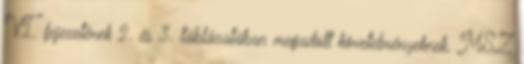
VI. fejezetének 2. és 3. táblázatában megadott követelményeknek. MSZ